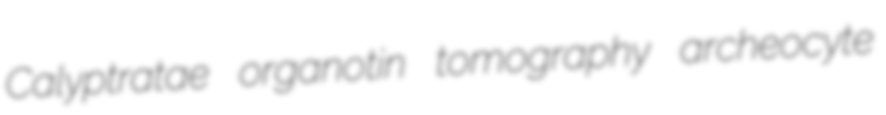
Calyptratae organotin tomography archeocyte